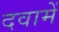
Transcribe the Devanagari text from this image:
दवामें